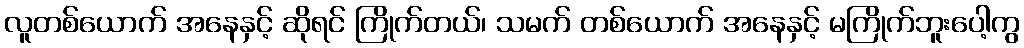
လူတစ်ယောက် အနေနှင့် ဆိုရင် ကြိုက်တယ်၊ သမက် တစ်ယောက် အနေနှင့် မကြိုက်ဘူးပေါ့ကွ